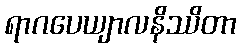
ရာဂပေယျာလနိဿိတာ